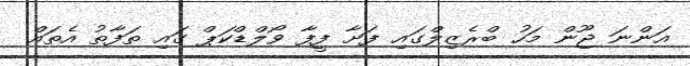
އަންނަ ޖޫން މަހު ބްރެޒިލްގައި ފަށާ ފީފާ ވޯލްޑްކަޕް ގައި ތަފާތު އެތައް